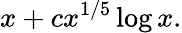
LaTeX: x+cx^{1/5}\log x.